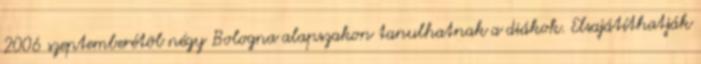
2006 szeptemberétõl négy Bologna alapszakon tanulhatnak a diákok. Elsajátíthatják